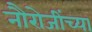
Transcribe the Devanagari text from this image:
नौरोजींच्या